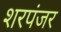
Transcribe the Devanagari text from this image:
शरपंजर